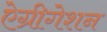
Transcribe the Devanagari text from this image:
ऐग्रीगेशन